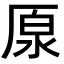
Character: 厡